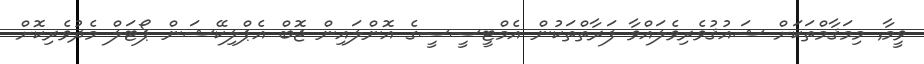
ވީމާ